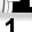
Digit: 1